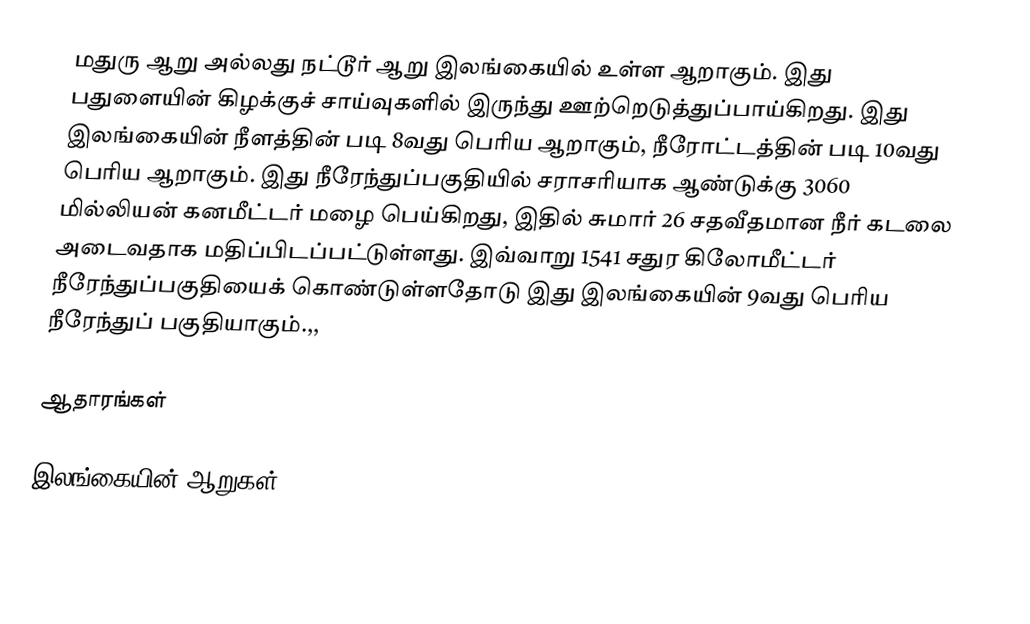
மதுரு ஆறு அல்லது நட்டூர் ஆறு இலங்கையில் உள்ள ஆறாகும். இது பதுளையின் கிழக்குச் சாய்வுகளில் இருந்து ஊற்றெடுத்துப்பாய்கிறது. இது இலங்கையின் நீளத்தின் படி 8வது பெரிய ஆறாகும், நீரோட்டத்தின் படி  10வது பெரிய  ஆறாகும். இது  நீரேந்துப்பகுதியில் சராசரியாக ஆண்டுக்கு 3060 மில்லியன் கனமீட்டர் மழை பெய்கிறது, இதில் சுமார் 26 சதவீதமான நீர் கடலை அடைவதாக மதிப்பிடப்பட்டுள்ளது. இவ்வாறு 1541 சதுர கிலோமீட்டர் நீரேந்துப்பகுதியைக் கொண்டுள்ளதோடு இது இலங்கையின் 9வது பெரிய நீரேந்துப் பகுதியாகும்.,,

ஆதாரங்கள்

இலங்கையின் ஆறுகள்